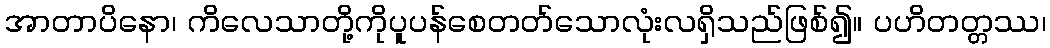
အာတာပိနော၊ ကိလေသာတို့ကိုပူပန်စေတတ်သောလုံးလရှိသည်ဖြစ်၍။ ပဟိတတ္တဿ၊